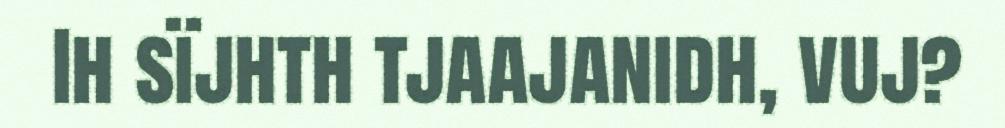
Ih sïjhth tjaajanidh, vuj?